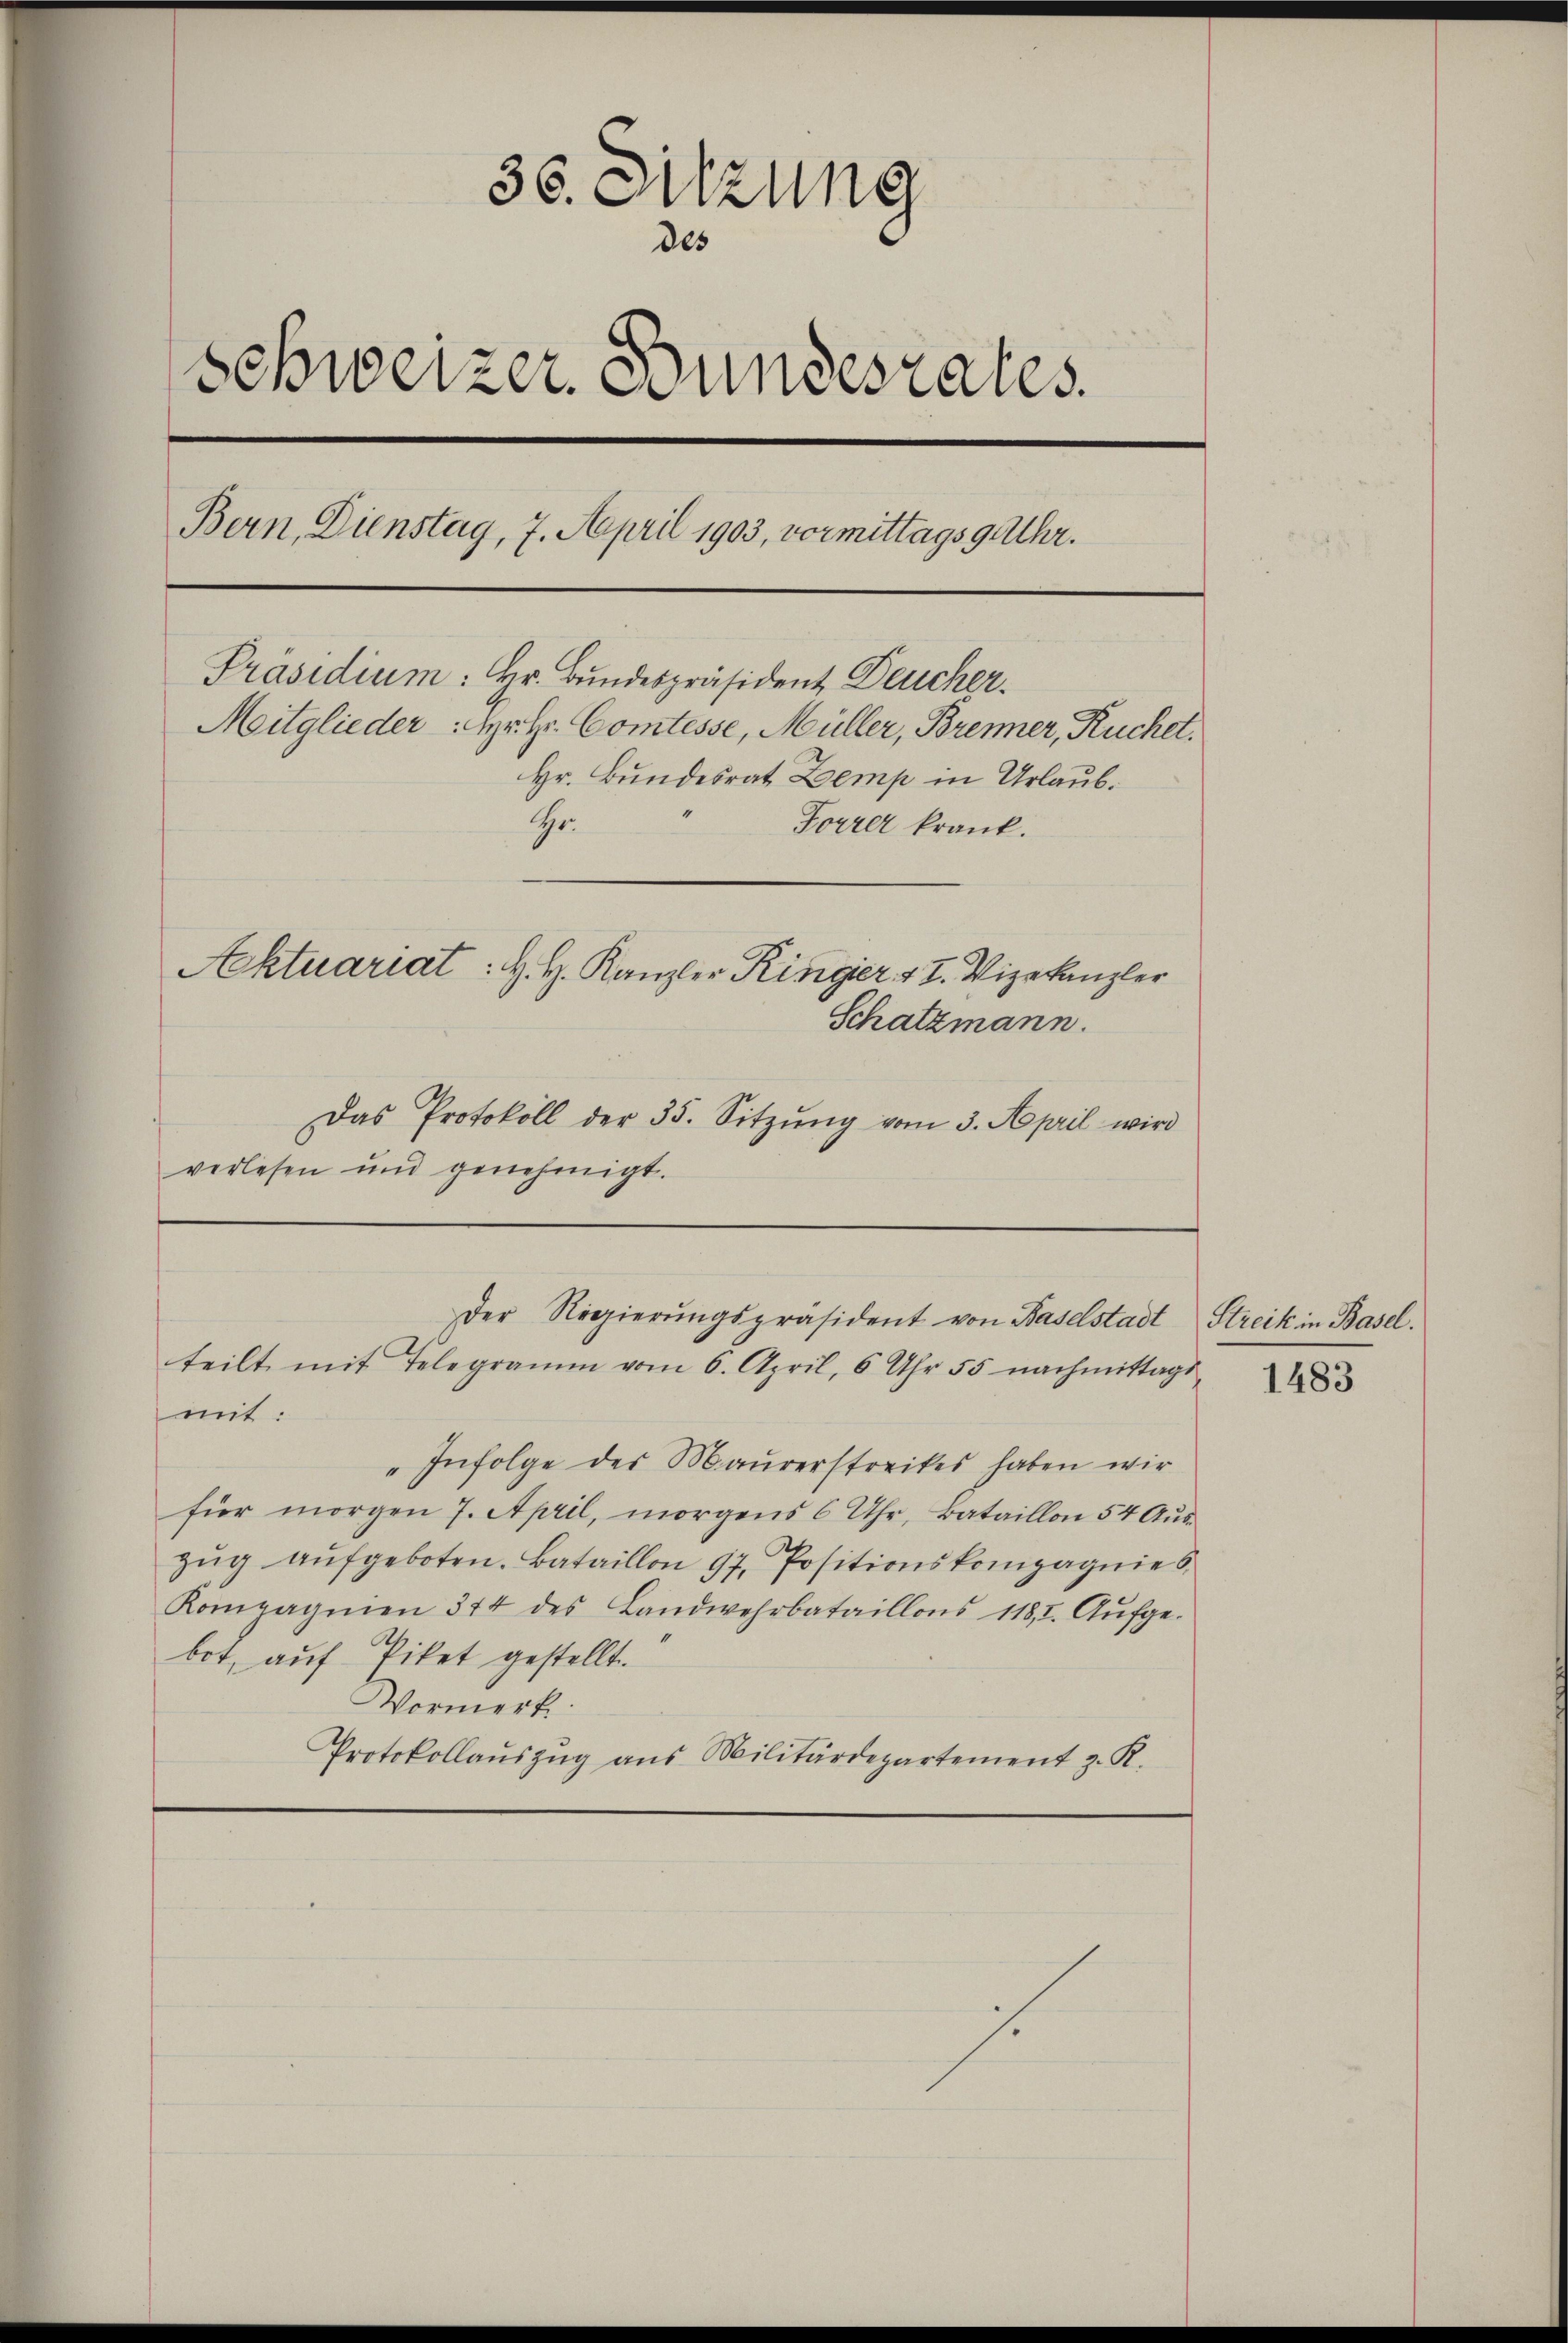
36. Sitzung
des
Schweizer. Bundesrates.
Bern, Dienstag, 7. April 1903, vormittags 9 Uhr.
Präsidium: Hr. Bundespräsident Deucher¬
Mitglieder Hr. Hr. Comtesse, Müller, Brenner, Ruchel.
Hr. Bundesrat Zemp in Urlaub.
“
Hhr.
Forrer krank.
Aktuariat: H. H. Kanzler Ringer 17. Vizekanzler
Schatzmann.

Das Protokoll der 35. Sitzŭng vom 3. April wird
verlesen und genehmigt.

teilt mit Telegramm vom 6. April, 6 Uhr 55 nachmittags-
mit:
"Infolge des Maurerstreikes haben wir
für morgen 7. April, morgens 6 Uhr, Bataillon 54 Auszŭg aŭfgeboten. Bataillon 97. Positionskompagnie s
Kompagnien 344 des Landwehrbataillons 1181. Aŭfge-
bot, auf Piket gestellt.
Vormerk
Protokollaŭszŭg aŭs Militärdepartement z. K.

Der Regierŭngspräsident von Baselstadt Streik in Basel.

J.

1483